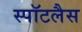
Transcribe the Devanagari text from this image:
स्पॉटलैस